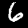
Label: 6